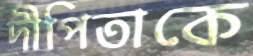
দীপিতাকে